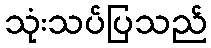
သုံးသပ်ပြသည်